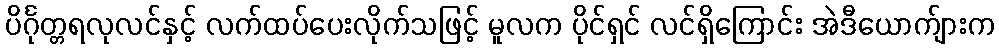
ပိင်္ဂုတ္တရလုလင်နှင့် လက်ထပ်ပေးလိုက်သဖြင့် မူလက ပိုင်ရှင် လင်ရှိကြောင်း အဲဒီယောက်ျားက